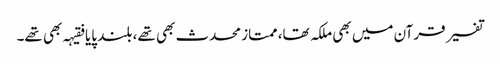
تفسیر قرآن میں بھی ملکہ تھا، ممتاز محدث بھی تھے، بلند پایا فقیہہ بھی تھے۔